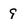
Character: 9